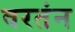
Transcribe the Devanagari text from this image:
वरतंन